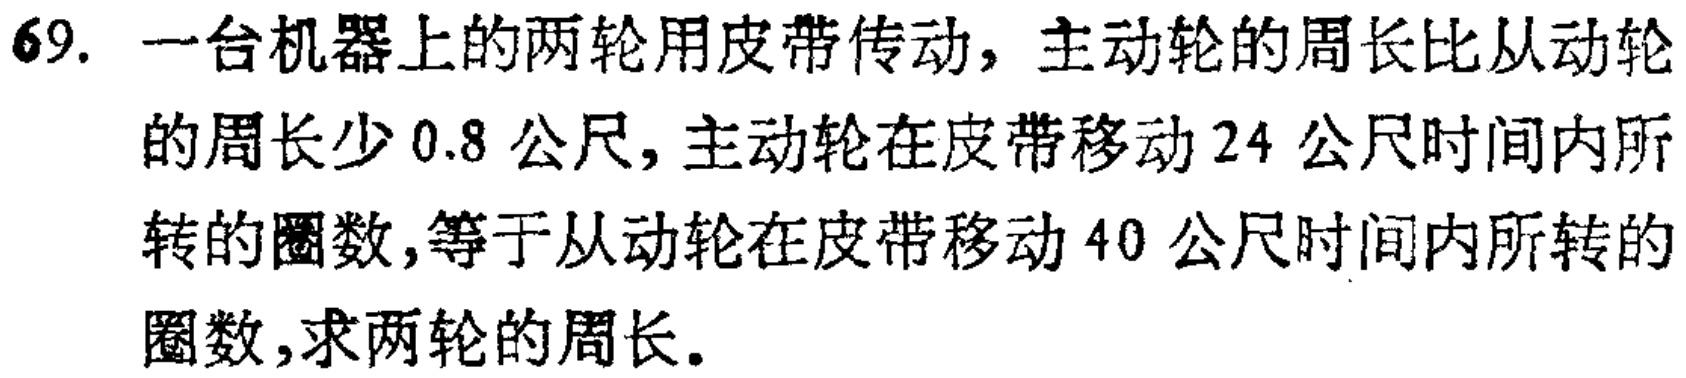
69. 一台机器上的两轮用皮带传动，主动轮的周长比从动轮的周长少 0.8 公尺，主动轮在皮带移动 24 公尺时间内所转的圈数，等于从动轮在皮带移动 40 公尺时间内所转的圈数，求两轮的周长。